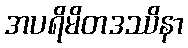
အပရိမိတဒဿိနာ